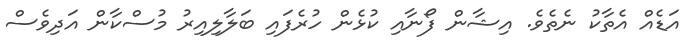
އަޑެއް އެތާކު ނެތެވެ. އިޝާން ފޯނާއި ކުޅެން ހުރެފައި ބަލާލިއިރު މުސްކާން އަދިވެސް